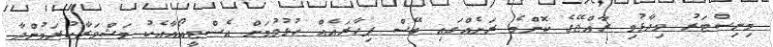
މިނިސްޓަރު ވިދާޅުވި ރާއްޖޭގެ ކޮންމެ ރަށެއްގައި ބޭސް ފިހާރައެއް ހުޅުވުމަށް އެސްޓީއޯއާއެކު މަޝްވަރާކުރަމުންދާ